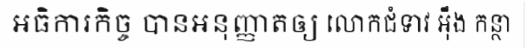
អធិការកិច្ច បានអនុញ្ញាតឲ្យ លោកជំទាវ អ៊ឹង កន្ថា